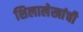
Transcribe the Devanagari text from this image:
शिलालेखांची